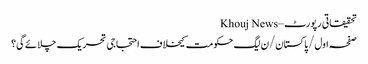
تحقیقاتی رپورٹ – Khouj News
صفحہ اول/پاکستان/ن لیگ حکومت کیخلاف احتجاجی تحریک چلائے گی؟